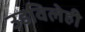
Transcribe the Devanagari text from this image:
उडविलेही